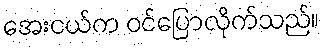
အေးငယ်က ဝင်ပြောလိုက်သည်။